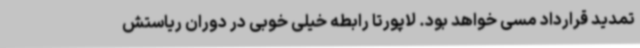
تمدید قرارداد مسی خواهد بود. لاپورتا رابطه خیلی خوبی در دوران ریاستش